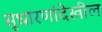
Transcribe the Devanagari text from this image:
सुधारणांदेखील